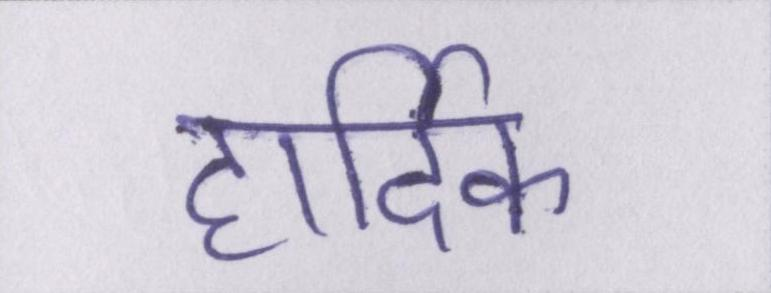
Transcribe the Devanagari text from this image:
हार्दिक